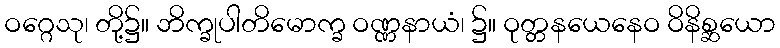
ဝဂ္ဂေသု၊ တို့၌။ ဘိက္ခုပါတိမောက္ခ ဝဏ္ဏနာယံ၊ ၌။ ဝုတ္တနယေနေဝ ဝိနိစ္ဆယော